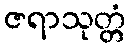
ဇရာသုတ္တံ